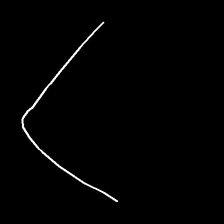
Glyph: region